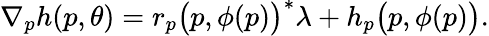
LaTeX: \begin{array}{r}{\nabla_{p}h(p,\theta)=r_{p}\big(p,\phi(p)\big)^{*}\lambda+h_{p}\big(p,\phi(p)\big).}\end{array}